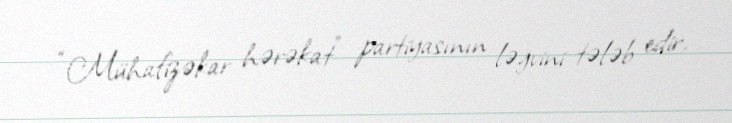
“Mühafizəkar hərəkat” partiyasının ləğvini tələb edir.